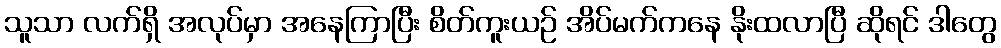
သူသာ လက်ရှိ အလုပ်မှာ အနေကြာပြီး စိတ်ကူးယဉ် အိပ်မက်ကနေ နိုးထလာပြီ ဆိုရင် ဒါတွေ